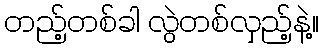
တည့်တစ်ခါ လွဲတစ်လှည့်နဲ့။